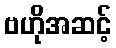
ဗဟိုအဆင့်